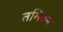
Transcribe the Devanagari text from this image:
तमिड़न